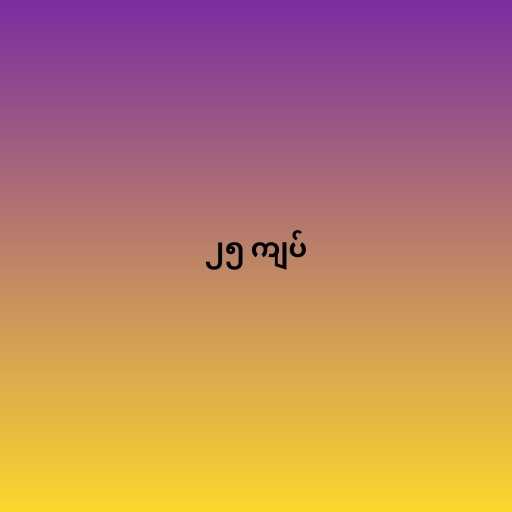
၂၅ ကျပ်